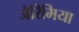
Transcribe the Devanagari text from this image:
जेरिमिया